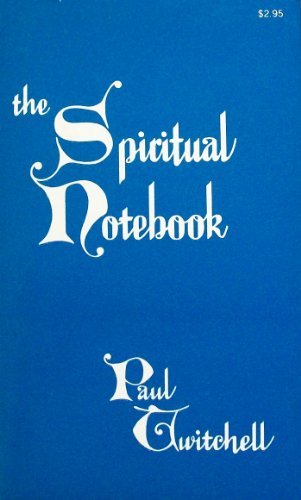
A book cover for The Spiritual Notebook; Paul Twitchell; Religion & Spirituality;